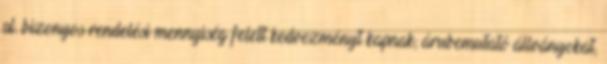
pl. bizonyos rendelési mennyiség felett kedvezményt kapnak; árubemutató állványokat,